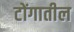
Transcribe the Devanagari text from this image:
टोंगातील